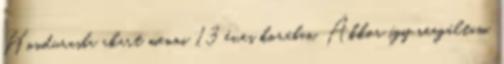
Hondurasba akart menni 13 éves korában. Akkor így reagáltam.